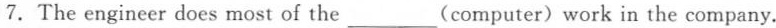
7.The engineer does most of the ___(computer)work in the company.